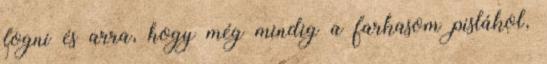
fogni és arra, hogy még mindig a farkasom pislákol,